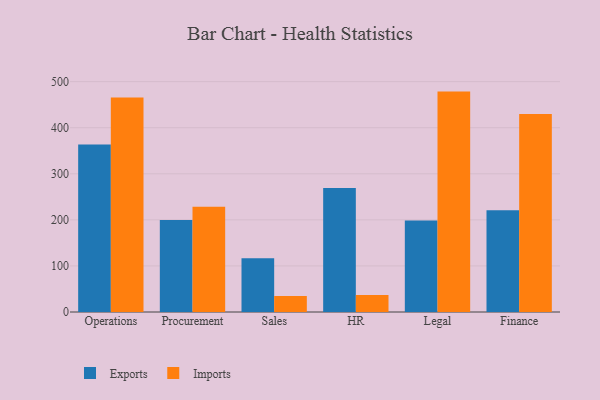
{"axis": {"x": "Department", "y": "Inventory Turnover"}, "legend": ["Exports", "Imports"], "data": [{"x": "Operations", "y": 363.5, "type": "Exports"}, {"x": "Operations", "y": 465.5, "type": "Imports"}, {"x": "Procurement", "y": 199.8, "type": "Exports"}, {"x": "Procurement", "y": 228.3, "type": "Imports"}, {"x": "Sales", "y": 116.6, "type": "Exports"}, {"x": "Sales", "y": 34.7, "type": "Imports"}, {"x": "HR", "y": 268.9, "type": "Exports"}, {"x": "HR", "y": 36.8, "type": "Imports"}, {"x": "Legal", "y": 198.6, "type": "Exports"}, {"x": "Legal", "y": 478.4, "type": "Imports"}, {"x": "Finance", "y": 220.6, "type": "Exports"}, {"x": "Finance", "y": 429.8, "type": "Imports"}]}